Medical and sanitary report of the native army of Bengal for the year
Year: 1875
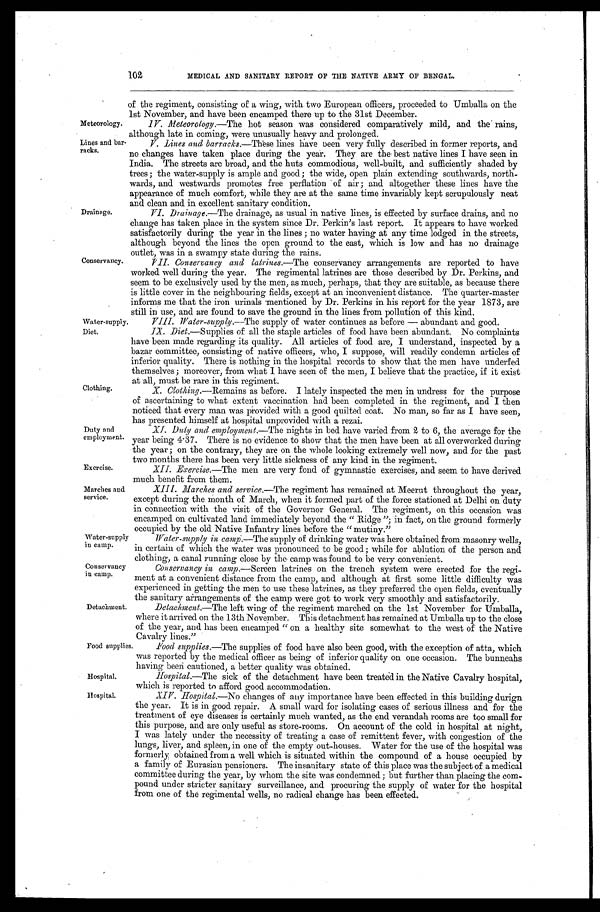
of the regiment, consisting of a wing, with two European officers, proceeded to Umballa on the
1st November, and have been encamped there up to the 31st December.
Meteorology. IV. Meteorology. —The hot season was considered comparatively mild, and the rains,
although late in coming, were unusually heavy and prolonged.
V. Lines and barracks.—These lines have been very fully described in former reports, and
no changes have taken place during the year. They are the best native lines I have seen in
India. The streets are broad, and the huts commodious, well-built, and sufficiently shaded by
trees; the water-supply is ample and good; the wide, open plain extending southwards, north
- w a r d s , a n d w e s t w a r d s p r o m o t e s f r e e p e r f l a t i o n o f a i r ; a n d a l t o g e t h e r t h e s e l i n e s h a v e t h e
appearance of much comfort, while they are at the same time invariably kept scrupulously neat
and clean and in excellent sanitary condition.
Lines and bar
-racks.
Duty and
employment.
Exercise.
102
MEDICAL AND SANITARY REPORT OF THE NATIVE ARMY OF BENGAL.
Drainage.
Conservancy.
VI. Drainage.—The drainage, as usual in native lines, is effected by surface drains, and no
change has taken place in the system since Dr. Perkin's last report. It appears to have worked
satisfactorily during the year in the lines; no water having at any time lodged in the streets,
although beyond the lines the open ground to the east, which is low and has no drainage
o u t l e t , w a s i n a s w a m p y s t a t e d u r i n g t h e r a i n s .
VII. Conservancy and latrines. —The conservancy arrangements are reported to have
worked well during the year. The regimental latrines are those described by Dr. Perkins, and
seem to be exclusively used by the men, as much, perhaps, that they are suitable, as because there
is little cover in the neighbouring fields, except at an inconvenient distance. The quarter-master
informs me that the iron urinals mentioned by Dr. Perkins in his report for the year 1873, are
still in use, and are found to save the ground in the lines from pollution of this kind.
Water-supply.
Diet.
Clothing.
VII. Water-supply.—The supply of water continues as before — abundant and good.
IX. Diet.—Supplies of all the staple articles of food have been abundant. No complaints
have been made regarding its quality. All articles of food are, I understand, inspected by a
bazar committee, consisting of native officers, who, I suppose, will readily condemn articles of
inferior quality. There is nothing in the hospital records to show that the men have underfed
themselves; moreover, from what I have seen of the men, I believe that the practice, if it exist
at all, must be rare in this regiment.
X. Clothing.— R e m a i n s
a s b e f o r e . I l a t e l y i n s p e c t e d t h e m e n i n u n d r e s s f o r t h e p u r p o s e
of ascertaining to what extent vaccination had been completed in the regiment, and I then
noticed that every man was provided with a good quilted coat. No man, so far as I have seen,
has presented himself at hospital unprovided with a rezai.
XI . Dut y a nd e mpl oyme nt .—T h e nights in bed have varied from 2 to 6, the average for the
year being 4. 37. There is no evidence to show that the men have been at all
overworked during
the year; on the contrary, they are on the whole looking extremely well now, and for the past
two months there has been very little sickness of any kind in the regiment.
XII. Exercise.—The men are very fond of gymnastic exercises, and seem to have derived
much benefit from them.
Marches and
service.
Water-supply
in camp.
Conservancy
in camp.
Detachment.
Food supplies.
Hospital.
XIII. Marches and service. —The regiment has remained at Meerut throughout the year,
except during the month of March, when it formed part of the force stationed at Delhi on duty
in connection with the visit of the Governor General. The regiment, on this occasion was
encamped on cultivated land immediately beyond the "Ridge"; in fact, on the ground formerly
occupied by the old Native Infantry lines before the "mutiny."
Water-supply in camp.—The supply of drinking water was here obtained from masonry wells,
in certain of which the water was pronounced to be good; while for ablution of the person and
clothing, a canal running close by the camp was found to be very convenient.
Conservancy in camp. —Screen latrines on the trench system were erected for the reg
i - m e n t a t a c o n v e n i e n t d i s t a n c e f r o m t h e c a m p , a n d a l t h o u g h a t f i r s t s o m e l i t t l e d i f f i c u l t y w a s
experienced in getting the men to use these latrines, as they preferred the open fields, eventually
the sanitary arrangements of the camp were got to work very smoothly and satisfactorily.
Detachment.—The left wing of the regiment marched on the 1st November for Umballa,
where it arrived on the 13th November. This detachment has remained at Umballa up to the close
of the year, and has been encamped "on a healthy site somewhat to the west of the Native
Cavalry lines."
Food supplies.—The supplies of food have also been good, with the exception of atta, which
was reported by the medical officer as being of inferior quality on one occasion. The bunneahs
having been cautioned, a better quality was obtained.
Hospital.—The sick of the detachment have been treated in the Native Cavalry hospital,
which is reported to afford good accommodation.
Hospital.
XIV. Hospital.—No changes of any importance have been effected in this building durign
the year. It is in good repair. A small ward for isolating cases of serious illness and for the
treatment of eye diseases is certainly much wanted, as the end verandah rooms are too small for
this purpose, and are only useful as store-rooms. On account of the cold in hospital at night,
I was lately under the necessity of treating a case of remittent fever, with congestion of the
lungs, liver, and spleen, in one of the empty out-houses. Water for the use of the hospital was
formerly obtained from a well which is situated within the compound of a house occupied by
a family of Eurasian pensioners. The insanitary state of this place was the subject of a medical
committee during the year, by whom the site was condemned; but further than placing the com
-pound under stricter sanitary surveillance, and procuring the supply of water for the hospital
from one of the regimental wells, no radical change has been effected.